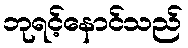
ဘုရင့်နောင်သည်